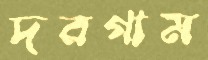
দরগাম